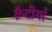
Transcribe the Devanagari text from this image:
क़ैदीयों